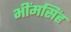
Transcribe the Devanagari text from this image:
भींमसिंह